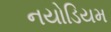
નયોડિયમ